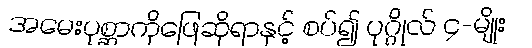
အမေးပုစ္ဆာကိုဖြေဆိုရာနှင့် စပ်၍ ပုဂ္ဂိုလ် ၄-မျိုး